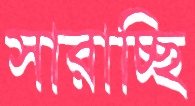
সারাচ্ছি